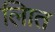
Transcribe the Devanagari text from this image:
लिात